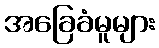
အခြေခံမူများ